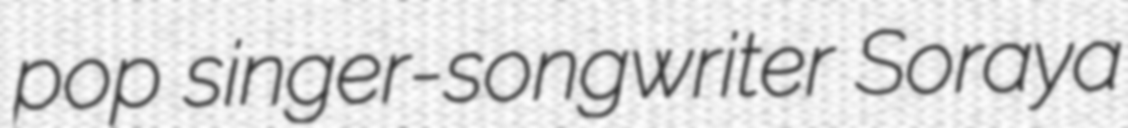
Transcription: pop singer-songwriter Soraya